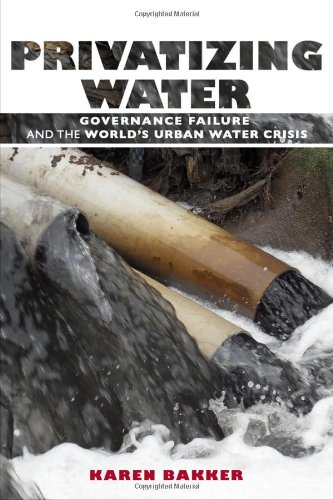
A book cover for Privatizing Water: Governance Failure and the World's Urban Water Crisis; Karen Bakker; Science & Math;